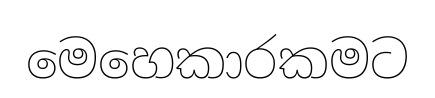
මෙහෙකාරකමට